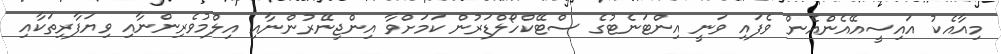
މިއާއެކު އައިސީއޭއެންއެން ވެފައި ވަނީ އިންޓަނެޓުގެ ސްޓޭކްހޯލްޑަރުން ކަމަށްވާ އިންޖިނޭރުންނާއި އިލްމުވެރިންނާއި ވިޔަފާރިތަކާއި